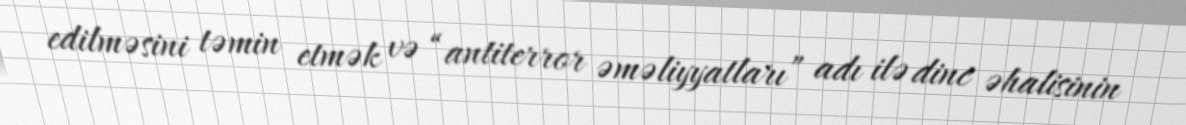
edilməsini təmin etmək və “antiterror əməliyyatları” adı ilə dinc əhalisinin